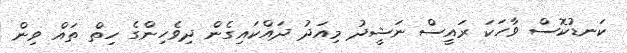
ކަނޑުކޮސް ވާހަކަ ރައީސް ނަޝީދު މިއަދު ދައްކައިގެން ދިވެހިންގެ ހިތް ތައް ވިން